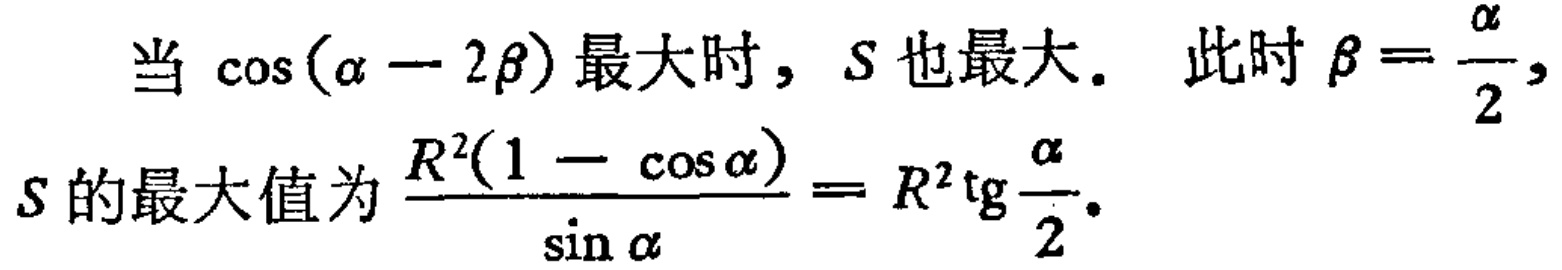
当 $\cos(\alpha - 2\beta)$ 最大时，$S$ 也最大。 此时 $\beta = \frac{\alpha}{2},$

$S$ 的最大值为 $\frac{R^{2}(1 - \cos\alpha)}{\sin\alpha}= R^{2}\mathrm{tg}\frac{\alpha}{2}.$